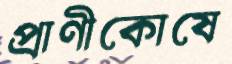
প্রাণীকোষে